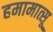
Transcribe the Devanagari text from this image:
हमामात्सू